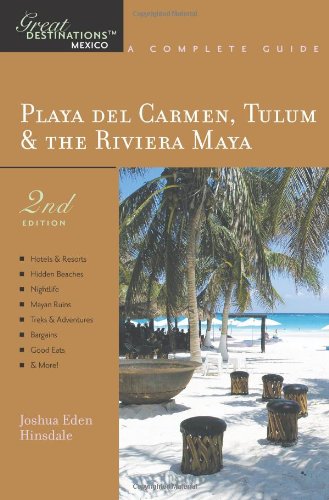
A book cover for Explorer's Guide Playa Del Carmen, Tulum & the Riviera Maya: A Great Destination (Second Edition)  (Explorer's Great Destinations); Joshua Eden Hinsdale; Travel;